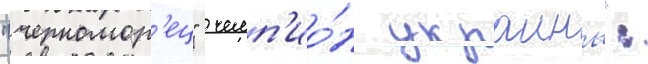
"черномор'ец"  чемп'ио́н украины":